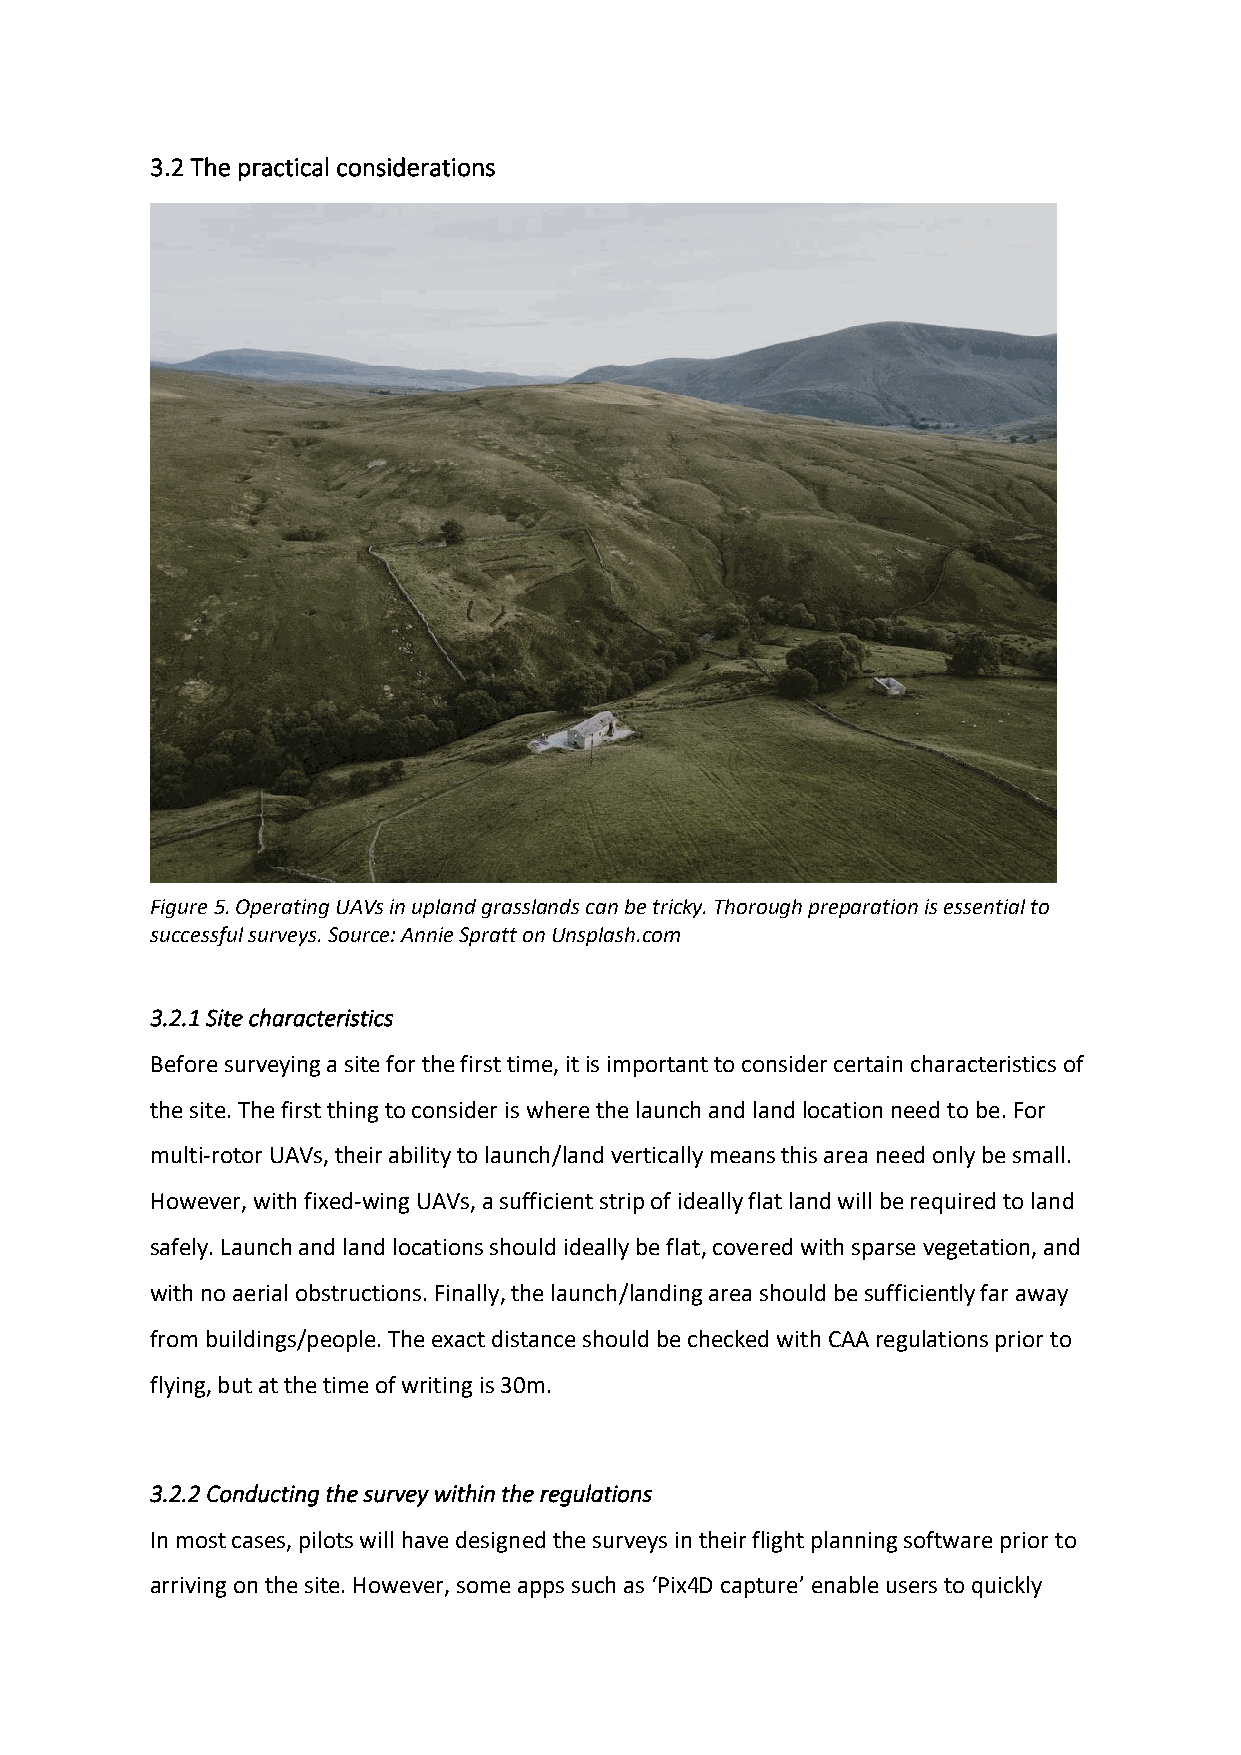
3.2 The practical considerations
 Figure 5. Operating UAVs in upland grasslands can be tricky. Thorough preparation is essential to
 successful surveys. Source: Annie Spratt on Unsplash.com
 3.2.1 Site characteristics
 Before surveying a site for the first time, it is important to consider certain characteristics of
 the site. The first thing to consider is where the launch and land location need to be. For
 multi-rotor UAVs, their ability to launch/land vertically means this area need only be small.
 However, with fixed-wing UAVs, a sufficient strip of ideally flat land will be required to land
 safely. Launch and land locations should ideally be flat, covered with sparse vegetation, and
 with no aerial obstructions. Finally, the launch/landing area should be sufficiently far away
 from buildings/people. The exact distance should be checked with CAA regulations prior to
 flying, but at the time of writing is 30m.
 3.2.2 Conducting the survey within the regulations
 In most cases, pilots will have designed the surveys in their flight planning software prior to
 arriving on the site. However, some apps such as ‘Pix4D capture’ enable users to quickly